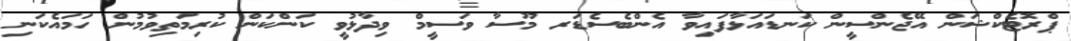
ޕްރޮޓެކްޝަން އޭޖެންސީން ކަނޑައަޅާފައިވާ އެންބެސެޑަރ މޫސާ ވަސީމް ވިދާޅުވީ ކަންކަން ކުރިމަތިވުމުން ހަމައެކަނި